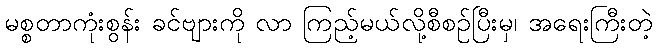
မစ္စတာကုံးစွန်း ခင်ဗျားကို လာ ကြည့်မယ်လို့စီစဉ်ပြီးမှ၊ အရေးကြီးတဲ့